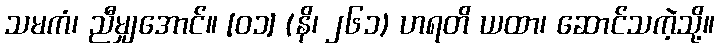
သမကံ၊ ညီမျှအောင်။ [၀၁] (နိ၊ ၂၆၁) ဟရတိ ယထာ၊ ဆောင်သကဲ့သို့။